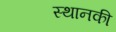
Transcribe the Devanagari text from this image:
स्‍थानकी